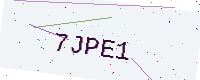
Text: 7JPE1